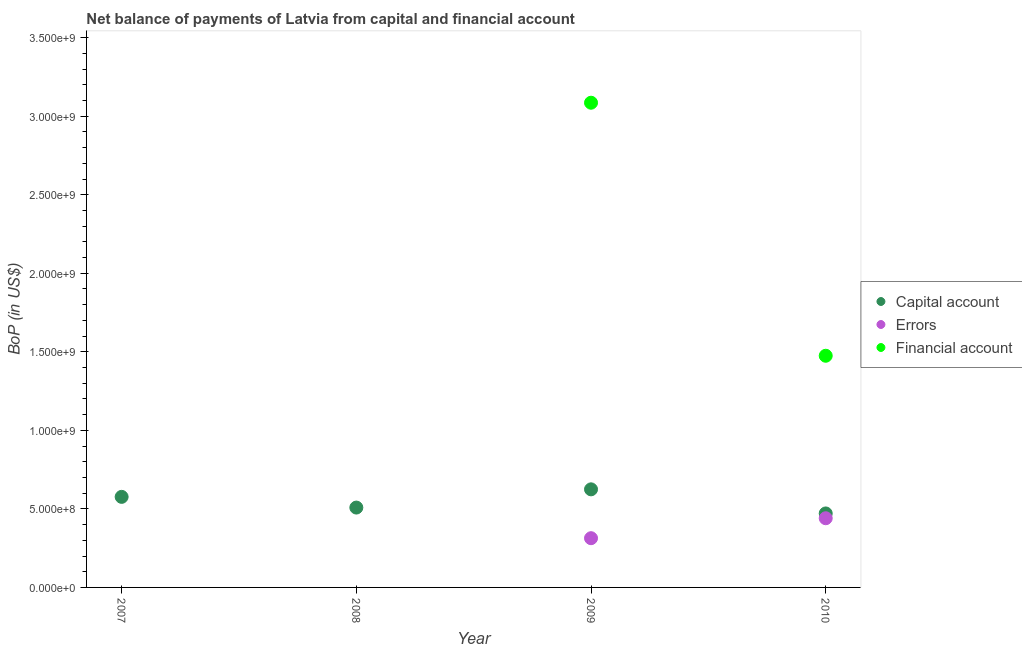
| Year | Capital account | Errors | Financial account |
 | --- | --- | --- | --- |
 | 2007 | 5.77e+08 | -2.16e+08 | -6.07e+09 |
 | 2008 | 5.08e+08 | -5.91e+08 | -4.57e+09 |
 | 2009 | 6.24e+08 | 3.13e+08 | 3.09e+09 |
 | 2010 | 4.71e+08 | 4.4e+08 | 1.47e+09 |